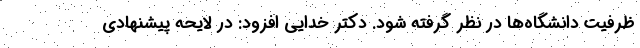
ظرفیت دانشگاه‌ها در نظر گرفته شود. دکتر خدایی افزود: در لایحه پیشنهادی